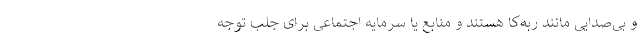
و بی‌صدایی مانند ربه‌کا هستند و منابع یا سرمایه اجتماعی برای جلب توجه